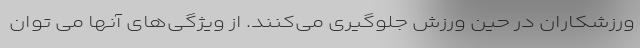
ورزشکاران در حین ورزش جلوگیری می‌کنند. از ویژگی‌های آنها می ‌توان